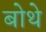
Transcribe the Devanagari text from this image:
बोथे